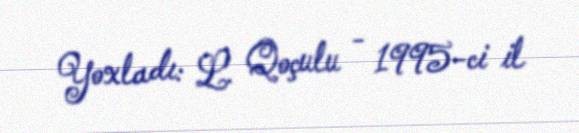
Yoxladı: L. Qoçulu - 1995-ci il